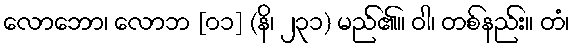
လောဘော၊ လောဘ [၀၁] (နိ၊ ၂၃၁) မည်၏။ ဝါ၊ တစ်နည်း။ တံ၊